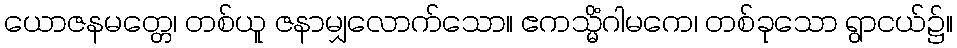
ယောဇနမတ္တေ၊ တစ်ယူ ဇနာမျှလောက်သော။ ဧကသ္မိံဂါမကေ၊ တစ်ခုသော ရွာငယ်၌။